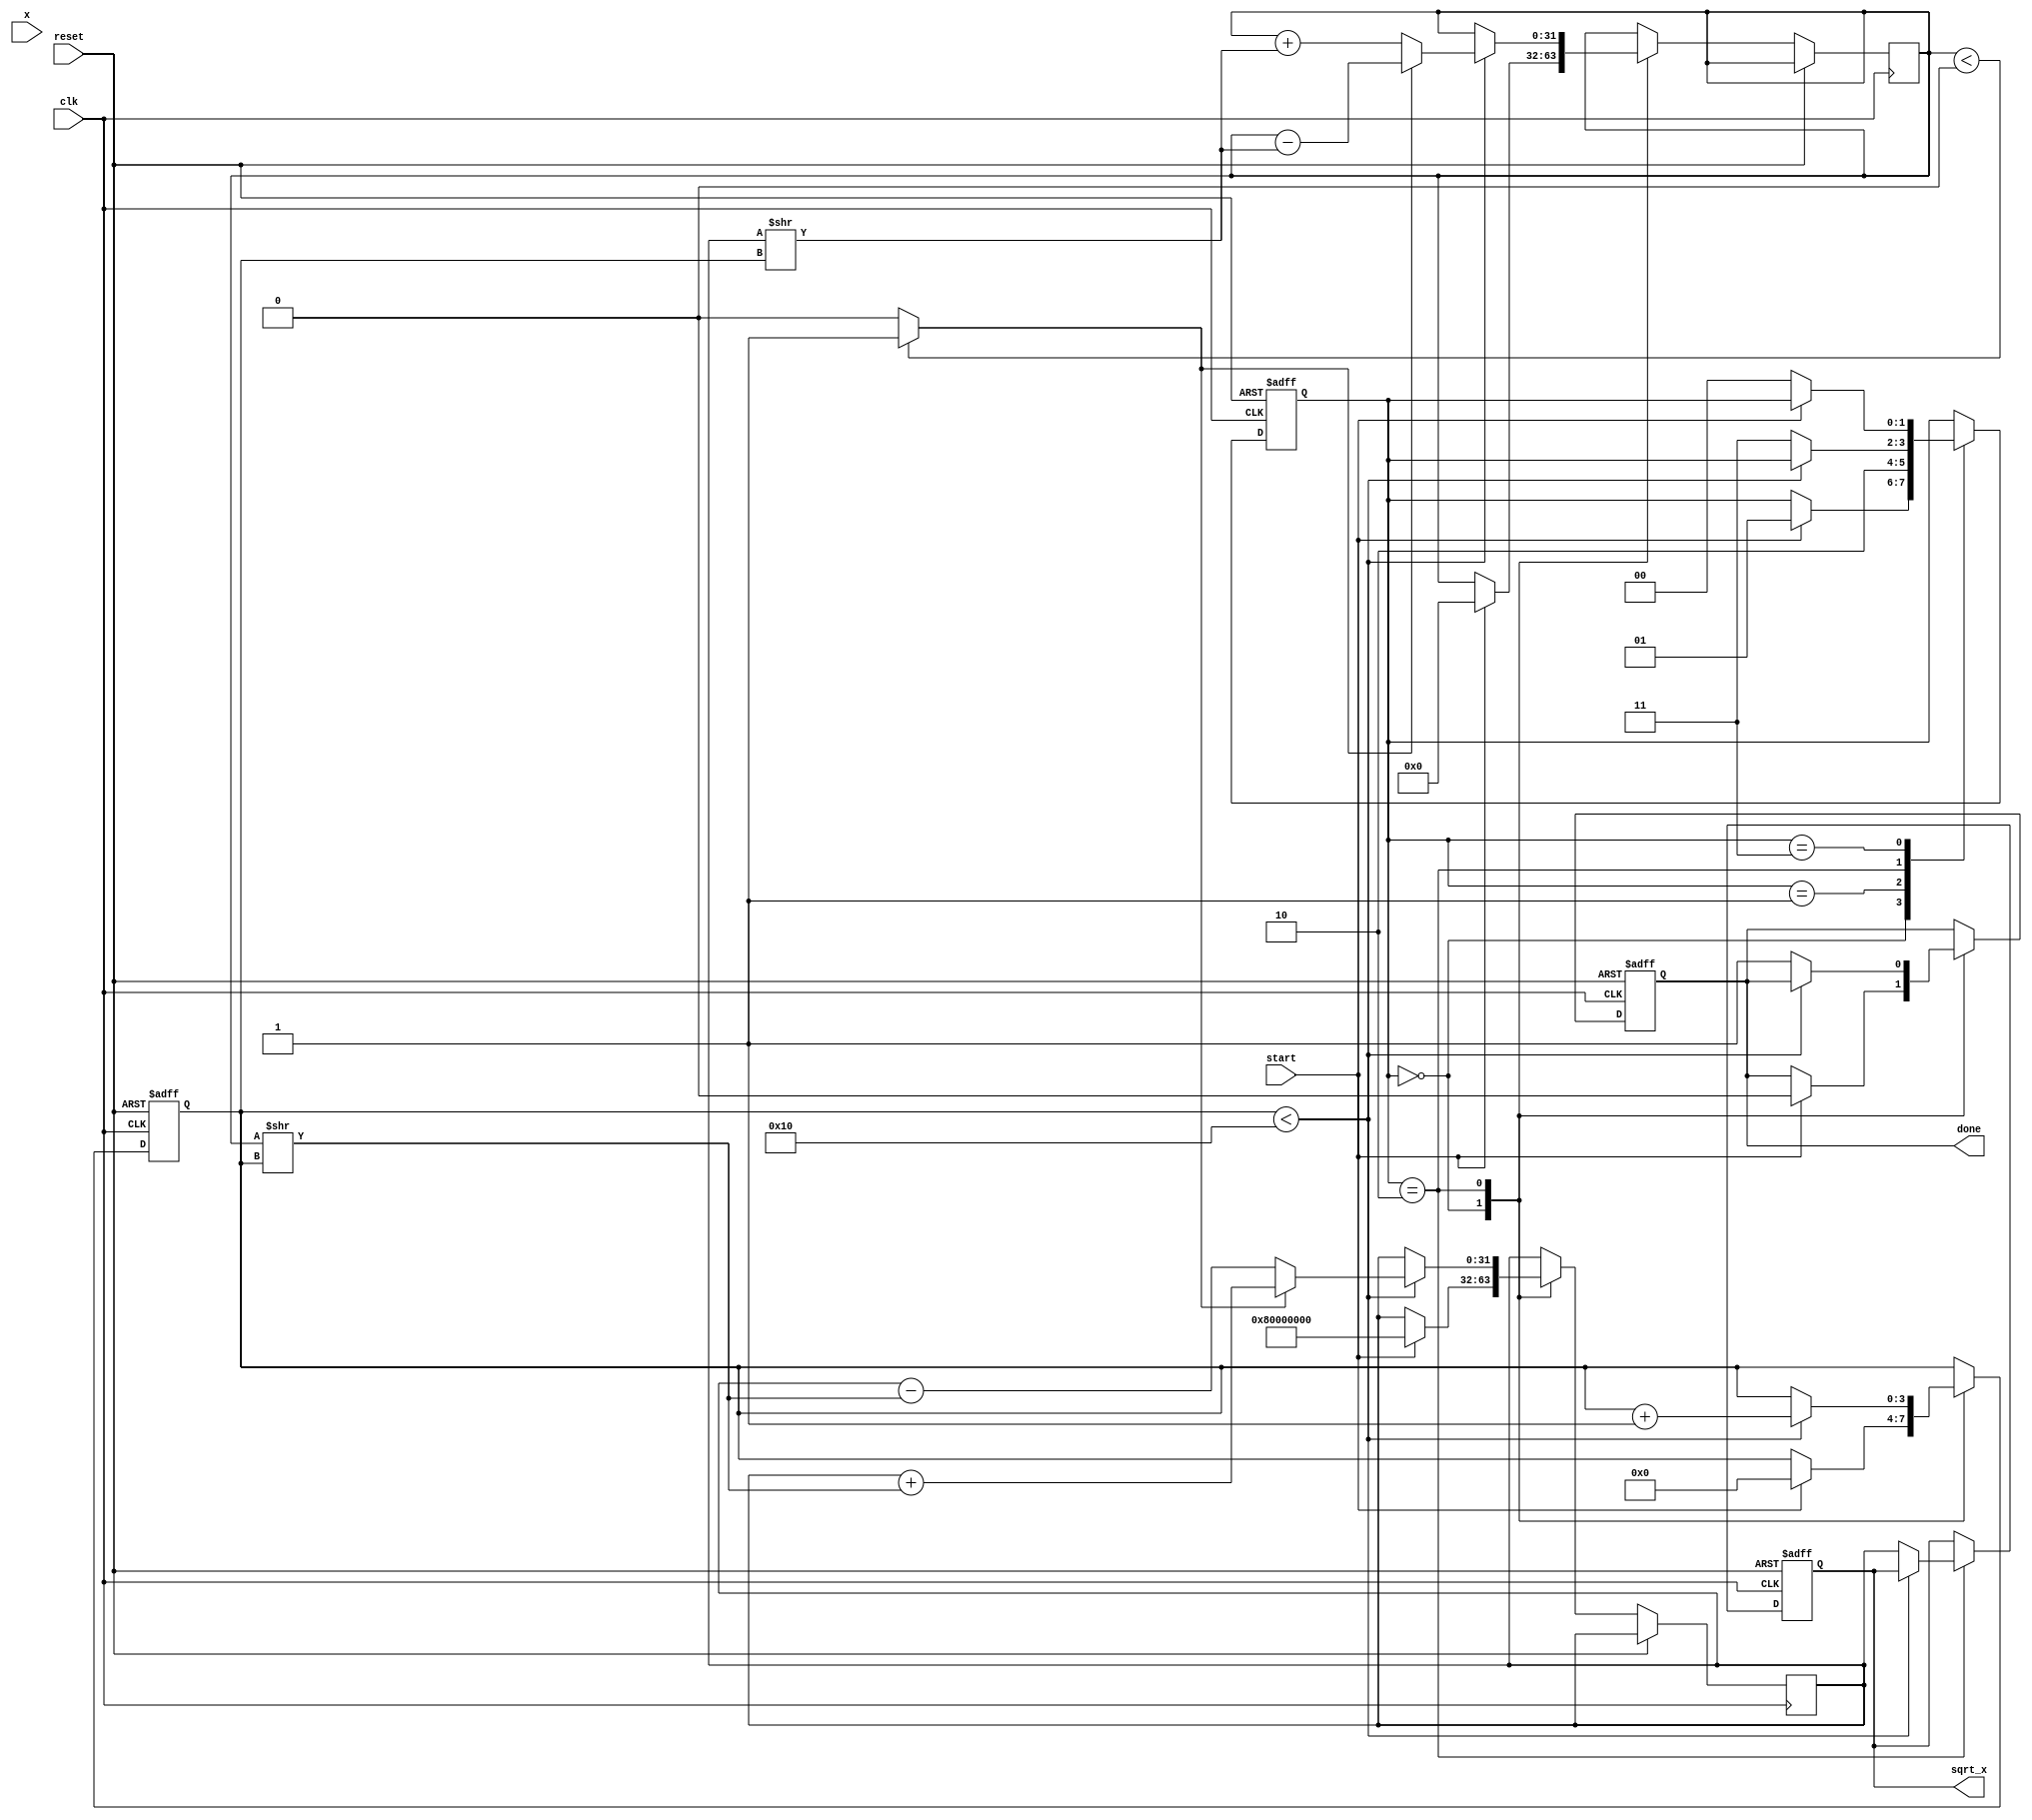
module cordic_sqrt (
    input wire clk,
    input wire reset,
    input wire start,
    input wire [31:0] x,          // Input value for square root calculation
    output reg [31:0] sqrt_x,     // Output value of the square root
    output reg done               // Signal indicating completion of calculation
);

    // CORDIC parameters
    parameter NUM_ITERATIONS = 16; // Number of iterations for precision
    reg [31:0] X, Y, Z;
    reg [NUM_ITERATIONS-1:0] theta [0:NUM_ITERATIONS-1]; // Pre-calculated arctangent values
    reg [3:0] i; // Iteration counter
    reg d;       // Direction: 0 for clockwise, 1 for counter-clockwise

    // Initialize theta values for CORDIC
    initial begin
        theta[0] = 32'h26DD3B6A; // arctan(1/2^0)
        theta[1] = 32'h1C71C71C; // arctan(1/2^1)
        theta[2] = 32'h1B71C71C; // arctan(1/2^2)
        theta[3] = 32'h1B0B0B0B; // arctan(1/2^3)
        theta[4] = 32'h1ACD2D2D; // arctan(1/2^4)
        theta[5] = 32'h1A7C4B4B; // arctan(1/2^5)
        theta[6] = 32'h1A3D7D7D; // arctan(1/2^6)
        theta[7] = 32'h1A1A1A1A; // arctan(1/2^7)
        theta[8] = 32'h1A0A0A0A; // arctan(1/2^8)
        theta[9] = 32'h1A05A05A; // arctan(1/2^9)
        theta[10] = 32'h1A02A02A; // arctan(1/2^10)
        theta[11] = 32'h1A001A00; // arctan(1/2^11)
        theta[12] = 32'h1A000A00; // arctan(1/2^12)
        theta[13] = 32'h1A0000A0; // arctan(1/2^13)
        theta[14] = 32'h1A00000A; // arctan(1/2^14)
        theta[15] = 32'h1A000000; // arctan(1/2^15)
    end

    // State machine for CORDIC
    reg [1:0] state;
    parameter IDLE = 2'b00, INIT = 2'b01, ITERATE = 2'b10, DONE = 2'b11;

    always @(posedge clk or posedge reset) begin
        if (reset) begin
            sqrt_x <= 32'b0;
            done <= 1'b0;
            state <= IDLE;
            i <= 4'b0;
        end else begin
            case (state)
                IDLE: begin
                    if (start) begin
                        // Initialization
                        Z <= x;
                        Y <= 32'b0;
                        X <= 32'h80000000; // Initial guess (sqrt(2^31))
                        i <= 0;
                        state <= INIT;
                        done <= 1'b0;
                    end
                end
                INIT: begin
                    // Start iterations
                    state <= ITERATE;
                end
                ITERATE: begin
                    if (i < NUM_ITERATIONS) begin
                        // Determine direction based on Y
                        d = (Y < 0) ? 1'b1 : 1'b0;

                        // CORDIC update equations
                        if (d) begin
                            X <= X + (Y >> i);
                            Y <= Y - (X >> i);
                            Z <= Z + theta[i];
                        end else begin
                            X <= X - (Y >> i);
                            Y <= Y + (X >> i);
                            Z <= Z - theta[i];
                        end

                        i <= i + 1;
                    end else begin
                        // Finished iterations
                        sqrt_x <= X; // Output the computed square root
                        done <= 1'b1;
                        state <= DONE;
                    end
                end
                DONE: begin
                    if (!start) begin
                        // Reset state to IDLE
                        state <= IDLE;
                    end
                end
            endcase
        end
    end
endmodule